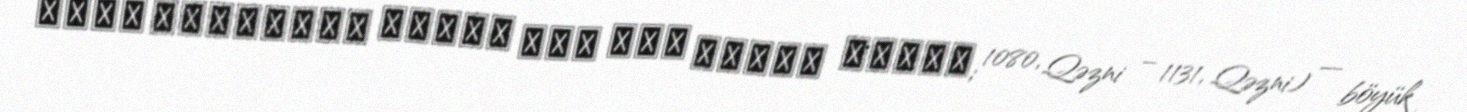
حکیم ابوالمجد مجدود ‌بن آدم سنایی غزنوی; 1080, Qəzni – 1131, Qəzni) — böyük